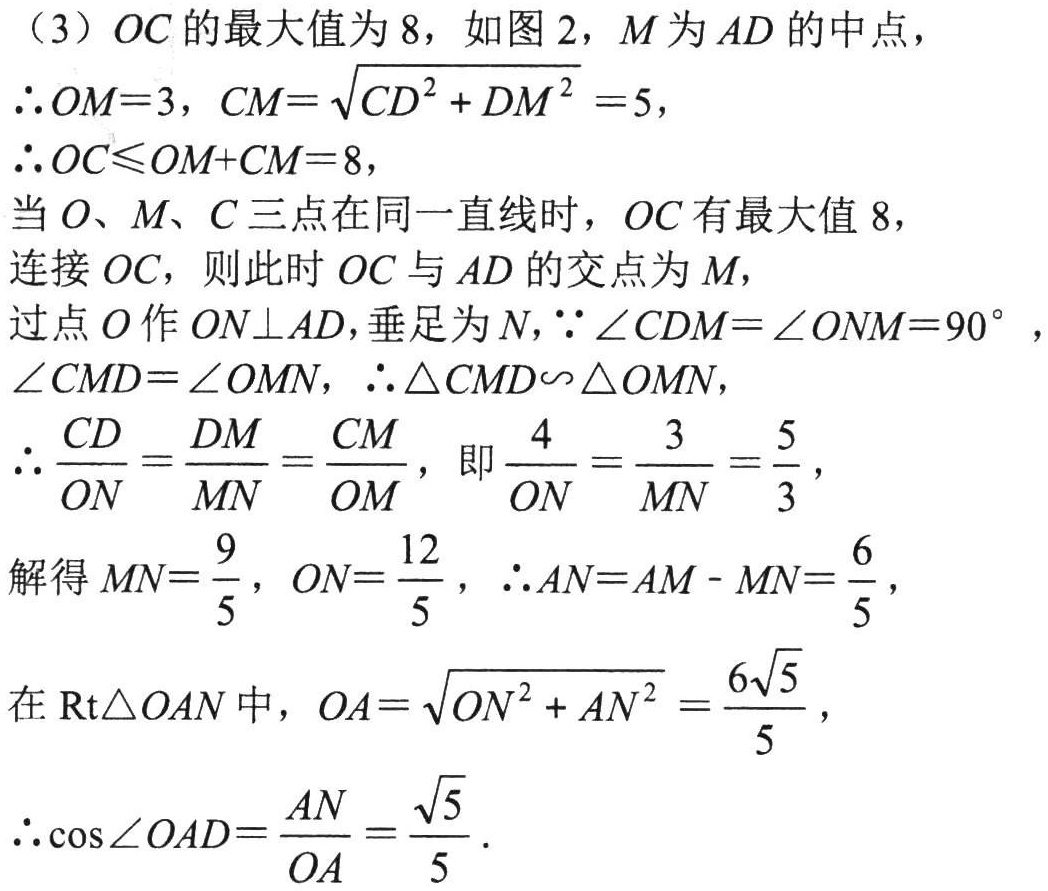
（3）\(OC\)的最大值为 \(8\)，如图 \(2\)，\(M\)为 \(AD\)的中点，
\(\therefore OM = 3\)，\(CM=\sqrt{CD^{2}+DM^{2}} = 5\)，
\(\therefore OC\leqslant OM + CM = 8\)，
当 \(O\)、\(M\)、\(C\)三点在同一直线时，\(OC\)有最大值 \(8\)，
连接 \(OC\)，则此时 \(OC\)与 \(AD\)的交点为 \(M\)，
过点 \(O\)作 \(ON\perp AD\)，垂足为 \(N\)，\(\because\angle CDM=\angle ONM = 90^{\circ}\)，
\(\angle CMD=\angle OMN\)，\(\therefore\triangle CMD\sim\triangle OMN\)，
\(\therefore\frac{CD}{ON}=\frac{DM}{MN}=\frac{CM}{OM}\)，即\(\frac{4}{ON}=\frac{3}{MN}=\frac{5}{3}\)，
解得 \(MN=\frac{9}{5}\)，\(ON=\frac{12}{5}\)，\(\therefore AN = AM - MN=\frac{6}{5}\)，
在 \(\text{Rt}\triangle OAN\)中，\(OA=\sqrt{ON^{2}+AN^{2}}=\frac{6\sqrt{5}}{5}\)，
\(\therefore\cos\angle OAD=\frac{AN}{OA}=\frac{\sqrt{5}}{5}\)．